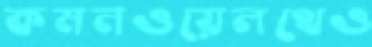
কমনওয়েলথেও